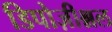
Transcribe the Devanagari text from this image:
डिपोज़ीश्नल